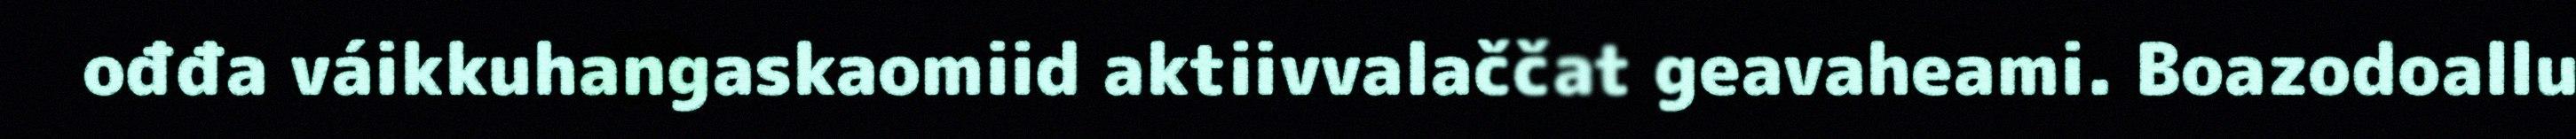
ođđa váikkuhangaskaomiid aktiivvalaččat geavaheami. Boazodoallu